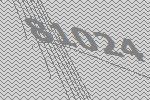
81024